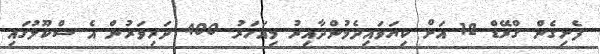
ފެށިގެން ގްރޭޑް 12 އަށް ކިޔަވައިދެމުންދާއިރު މިއަހަރު 400 ދަރިވަރުން އެ ސްކޫލުގައި